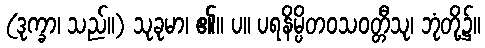
(ဒုက္ခာ၊ သည်။) သုခုမာ၊ ၏။ ပ။ ပရနိမ္ပိတဝသဝတ္တီသု၊ ဘုံတို့၌။